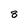
Character: 8